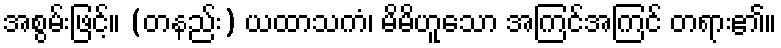
အစွမ်းဖြင့်။ (တနည်း) ယထာသကံ၊ မိမိဟူသော အကြင်အကြင် တရား၏။